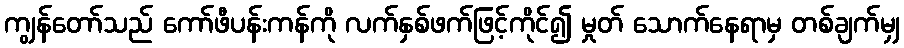
ကျွန်တော်သည် ကော်ဖီပန်းကန်ကို လက်နှစ်ဖက်ဖြင့်ကိုင်၍ မှုတ် သောက်နေရာမှ တစ်ချက်မျှ